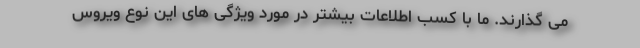
می گذارند. ما با کسب اطلاعات بیشتر در مورد ویژگی های این نوع ویروس